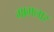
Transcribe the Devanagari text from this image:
मामलार